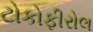
ટોકોફીરોલ